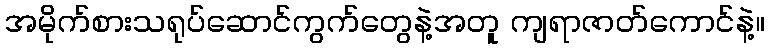
အမိုက်စားသရုပ်ဆောင်ကွက်တွေနဲ့အတူ ကျရာဇာတ်ကောင်နဲ့။